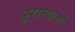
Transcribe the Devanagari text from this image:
पुरास्थानों